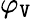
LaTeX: \varphi_{\mathtt{V}}